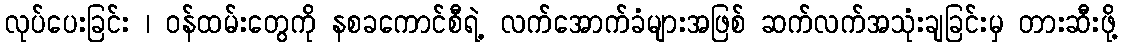
လုပ်ပေးခြင်း ၊ ဝန်ထမ်းတွေကို နစခကောင်စီရဲ့ လက်အောက်ခံများအဖြစ် ဆက်လက်အသုံးချခြင်းမှ တားဆီးဖို့